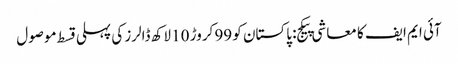
آئی ایم ایف کا معاشی پیکج: پاکستان کو 99 کروڑ 10 لاکھ ڈالرز کی پہلی قسط موصول